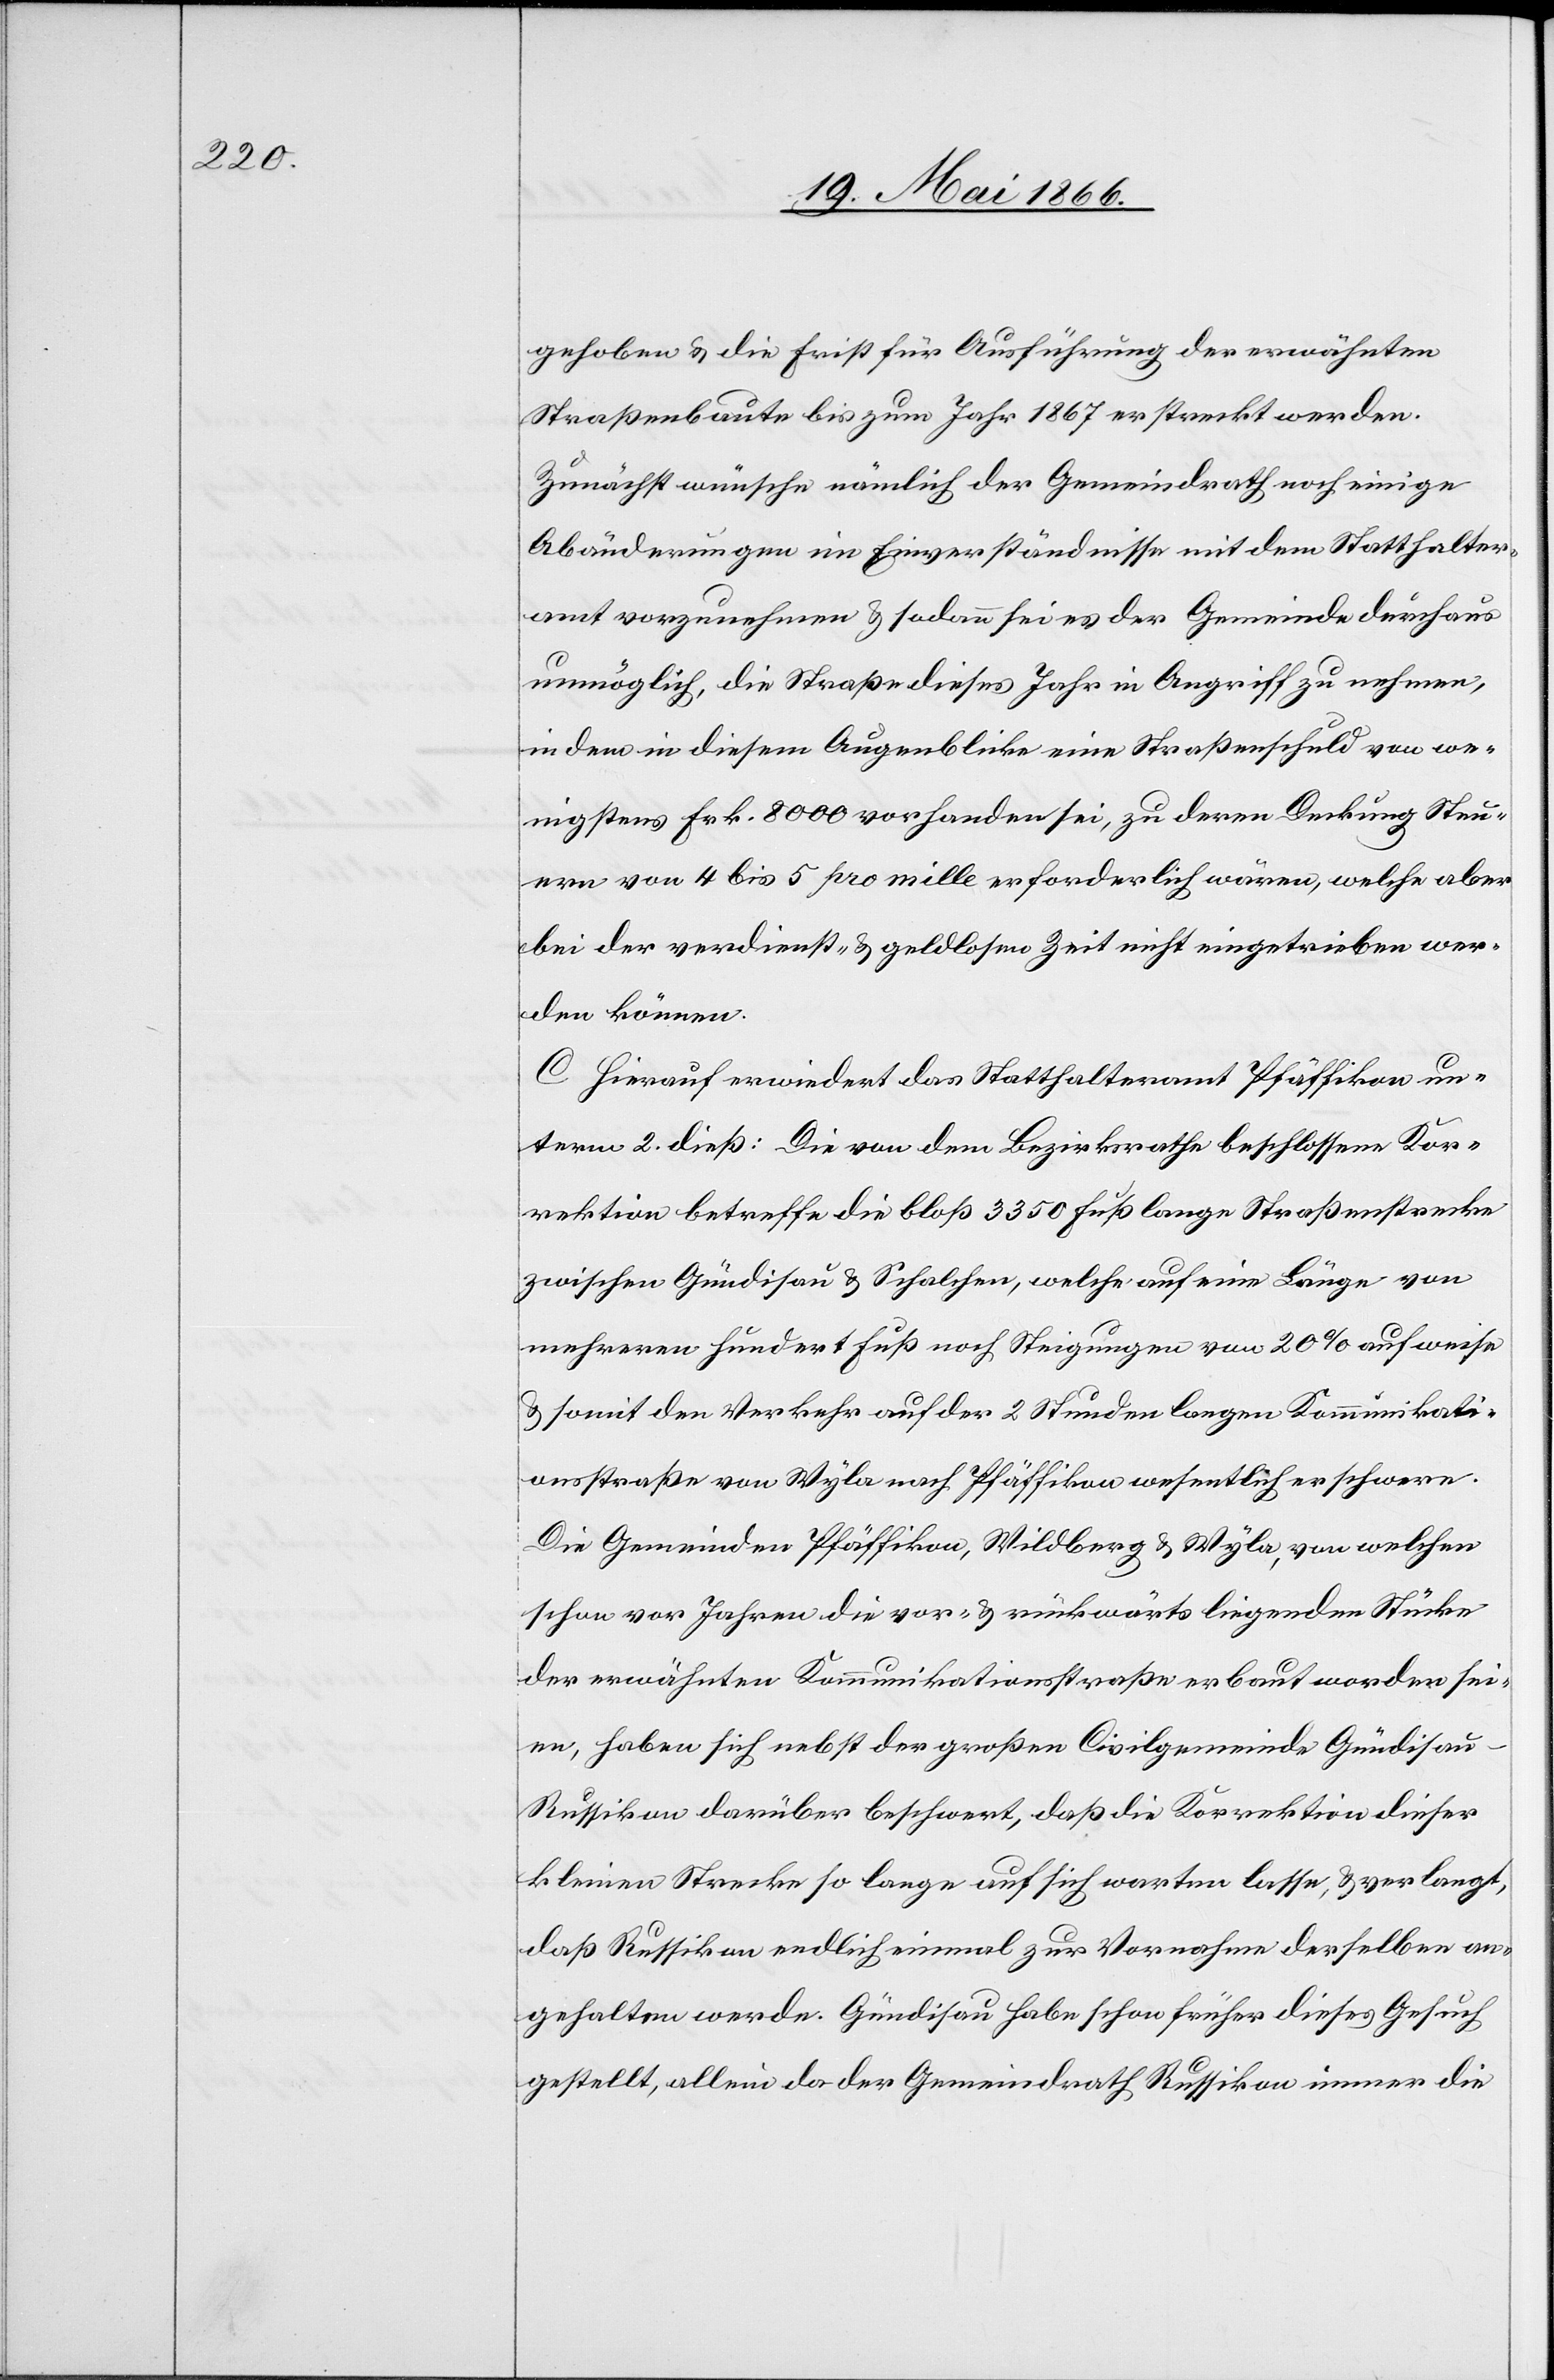
gehoben u. die Frist für Ausführung der erwähnten
Straßenbaute bis zum Jahr 1867 erstreckt werden.
Zunächst wünsche nämlich der Gemeindrath noch einige
Abänderungen im Einverständnisse mit dem Statthalter¬
amt vorzunehmen u. sodann sei es der Gemeinde durchaus
unmöglich, die Straße dieses Jahr in Angriff zu nehmen,
indem in diesem Augenblicke eine Straßenschuld von we¬
nigstens Frk. 8000 vorhanden sei, zu deren Deckung Steu¬
ern von 4 bis 5 pro mille erforderlich wären, welche aber
bei der verdienst- u. geldlosen Zeit nicht eingetrieben wer¬
den können.
C Hierauf erwiedert das Statthalteramt Pfäffikon un¬
term 2. dieß: Die von dem Bezirksrathe beschlossene Kor¬
rektion betreffe die bloß 3350 Fuß lange Straßenstrecke
zwischen Gündisau u. Schalchen, welche auf eine Länge von
mehrern hundert Fuß noch Steigungen von 20 % aufweise
u. somit den Verkehr auf der 2 Stunden langen Kommunikati¬
onsstraße von Wyla nach Pfäffikon wesentlich erschwere.
Die Gemeinden Pfäffikon, Wildberg u. Wyla, von welchen
schon vor Jahren die vor- u. rückwärts liegenden Stücke
der erwähnten Kommunikationsstraße erbaut worden sei¬
en, haben sich nebst der großen Civilgemeinde Gündisa¬
u-Russikon darüber beschwert, daß die Korrektion dieser
kleinen Strecke so lange auf sich warten lasse, u. verlangt,
daß Russikon endlich einmal zur Vornahme derselben an¬
gehalten werde. Gündisau habe schon früher dieses Gesuch
gestellt, allein da der Gemeindrath Russikon immer die